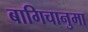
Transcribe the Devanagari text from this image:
बागिचानुमा